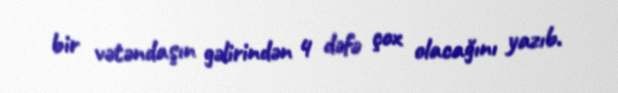
bir vətəndaşın gəlirindən 4 dəfə çox olacağını yazıb.